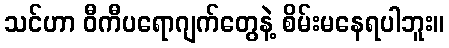
သင်ဟာ ဝီကီပရောဂျက်တွေနဲ့ စိမ်းမနေရပါဘူး။